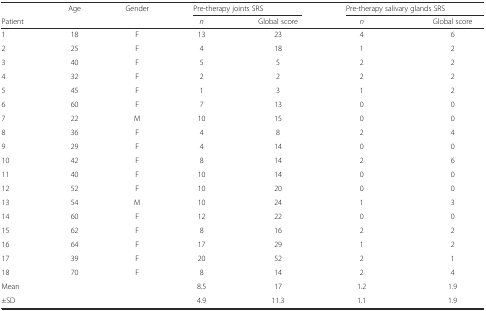
|  | Age | Gender | <COLSPAN=2> Pre-therapy joints SRS | <COLSPAN=2> Pre-therapy salivary glands SRS |
 | Patient |  |  | n | Global score | n | Global score |
 | --- | --- | --- | --- | --- | --- | --- |
 | 1 | 18 | F | 13 | 23 | 4 | 6 |
 | 2 | 25 | F | 4 | 18 | 1 | 2 |
 | 3 | 40 | F | 5 | 5 | 2 | 2 |
 | 4 | 32 | F | 2 | 2 | 2 | 2 |
 | 5 | 45 | F | 1 | 3 | 1 | 2 |
 | 6 | 60 | F | 7 | 13 | 0 | 0 |
 | 7 | 22 | M | 10 | 15 | 0 | 0 |
 | 8 | 36 | F | 4 | 8 | 2 | 4 |
 | 9 | 29 | F | 4 | 14 | 0 | 0 |
 | 10 | 42 | F | 8 | 14 | 2 | 6 |
 | 11 | 40 | F | 10 | 14 | 0 | 0 |
 | 12 | 52 | F | 10 | 20 | 0 | 0 |
 | 13 | 54 | M | 10 | 24 | 1 | 3 |
 | 14 | 60 | F | 12 | 22 | 0 | 0 |
 | 15 | 62 | F | 8 | 16 | 2 | 2 |
 | 16 | 64 | F | 17 | 29 | 1 | 2 |
 | 17 | 39 | F | 20 | 52 | 2 | 1 |
 | 18 | 70 | F | 8 | 14 | 2 | 4 |
 | Mean |  |  | 8.5 | 17 | 1.2 | 1.9 |
 | ±SD |  |  | 4.9 | 11.3 | 1.1 | 1.9 |